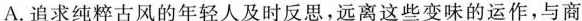
A.追求纯粹古风的年轻人及时反思，远离这些变味的运作，与商